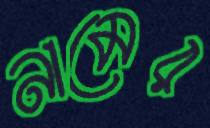
নামের